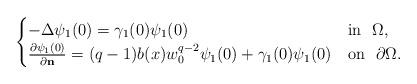
LaTeX: \begin{align*}\begin{cases} -\Delta \psi_1(0) = \gamma_1(0) \psi_1(0) & \mbox{in} \ \ \Omega, \\ \frac{\partial \psi_1(0)}{\partial \mathbf{n}} = (q-1)b(x) w_0^{q-2} \psi_1(0) + \gamma_1(0) \psi_1(0) & \mbox{on} \ \ \partial \Omega. \end{cases}\end{align*}